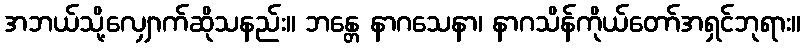
အဘယ်သို့လျှောက်ဆိုသနည်း။ ဘန္တေ နာဂသေနာ၊ နာဂသိန်ကိုယ်တော်အရှင်ဘုရား။